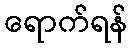
ရောက်ရန်